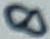
Text: 7